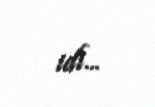
idi...